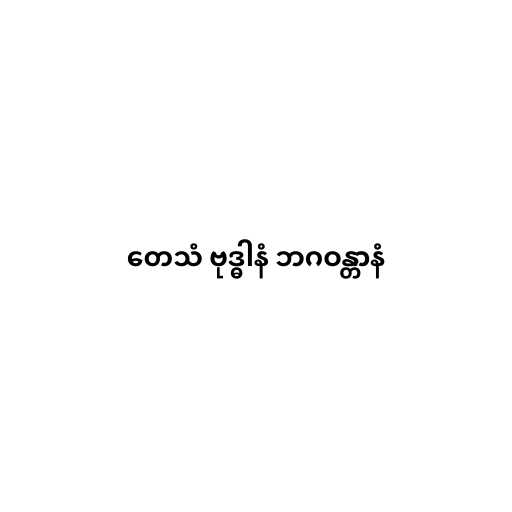
တေသံ ဗုဒ္ဓါနံ ဘဂဝန္တာနံ